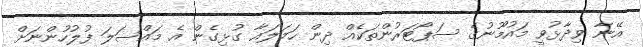
އޭނާ ވިދާޅުވީ މައުމޫނުގެ ސަޕޯޓަރުންތަކެއް ދިން ހަމަލައާ ގުޅިގެން އެ މައްސަލަ ފުލުހުންނަށް